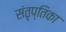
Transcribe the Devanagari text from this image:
संतृप्तिका